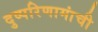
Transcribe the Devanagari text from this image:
दुष्परिणामांची